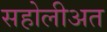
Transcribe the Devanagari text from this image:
सहोलीअत